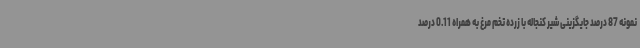
نمونه 87 درصد جایگزینی شیر کنجاله با زرده تخم مرغ به همراه 0.11 درصد